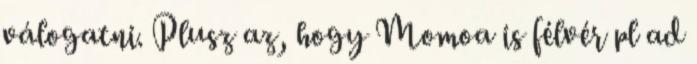
válogatni. Plusz az, hogy Momoa is félvér pl ad